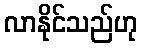
လာနိုင်သည်ဟု